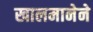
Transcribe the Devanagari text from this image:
खालमानेने